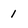
Character: 1